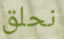
نحلق